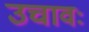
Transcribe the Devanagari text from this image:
उचावः